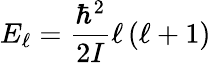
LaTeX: E_{\ell}={\frac{\hbar^{2}}{2I}}\ell\left(\ell+1\right)